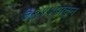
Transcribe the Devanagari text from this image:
१९४४पासून